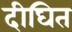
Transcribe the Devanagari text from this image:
दीघित